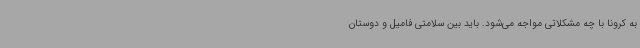
به کرونا با چه مشکلاتی مواجه می‌شود. باید بین سلامتی فامیل و دوستان